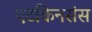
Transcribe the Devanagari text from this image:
एटकिनसंस